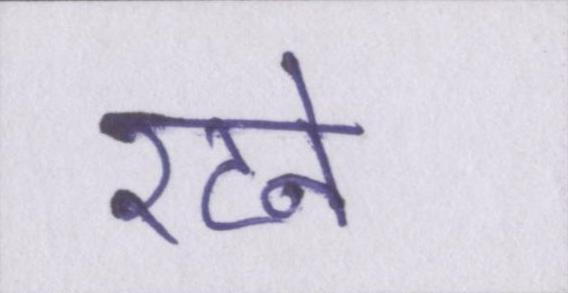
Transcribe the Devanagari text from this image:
रटने